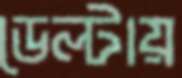
ডেল্টায়